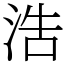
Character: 浩